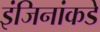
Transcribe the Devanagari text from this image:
इंजिनांकडे